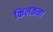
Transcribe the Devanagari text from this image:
किलकना